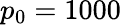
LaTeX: p_{0}=1000